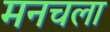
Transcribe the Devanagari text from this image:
मनचला